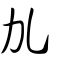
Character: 劜